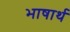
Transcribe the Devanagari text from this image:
भाषार्थ